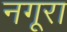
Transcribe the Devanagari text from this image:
नगूरा